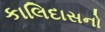
કાલિદાસનો